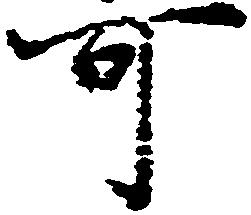
可